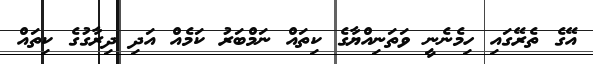
އޭގެ ތެރޭގައި ހިމެނެނީ ވަތަނިއްޔާގެ ކިތައް ނަމްބަރު ކަމެއް އަދި ދިރާގުގެ ކިތައް